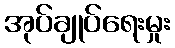
အုပ်ချုပ်ရေးမှုး